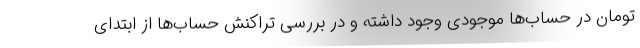
تومان در حساب‌ها موجودی وجود داشته و در بررسی تراکنش حساب‌ها از ابتدای